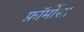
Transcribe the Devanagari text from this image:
फ़ॉर्मोसा